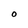
Character: O